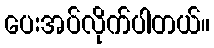
ပေးအပ်လိုက်ပါတယ်။